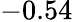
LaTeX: -0.54